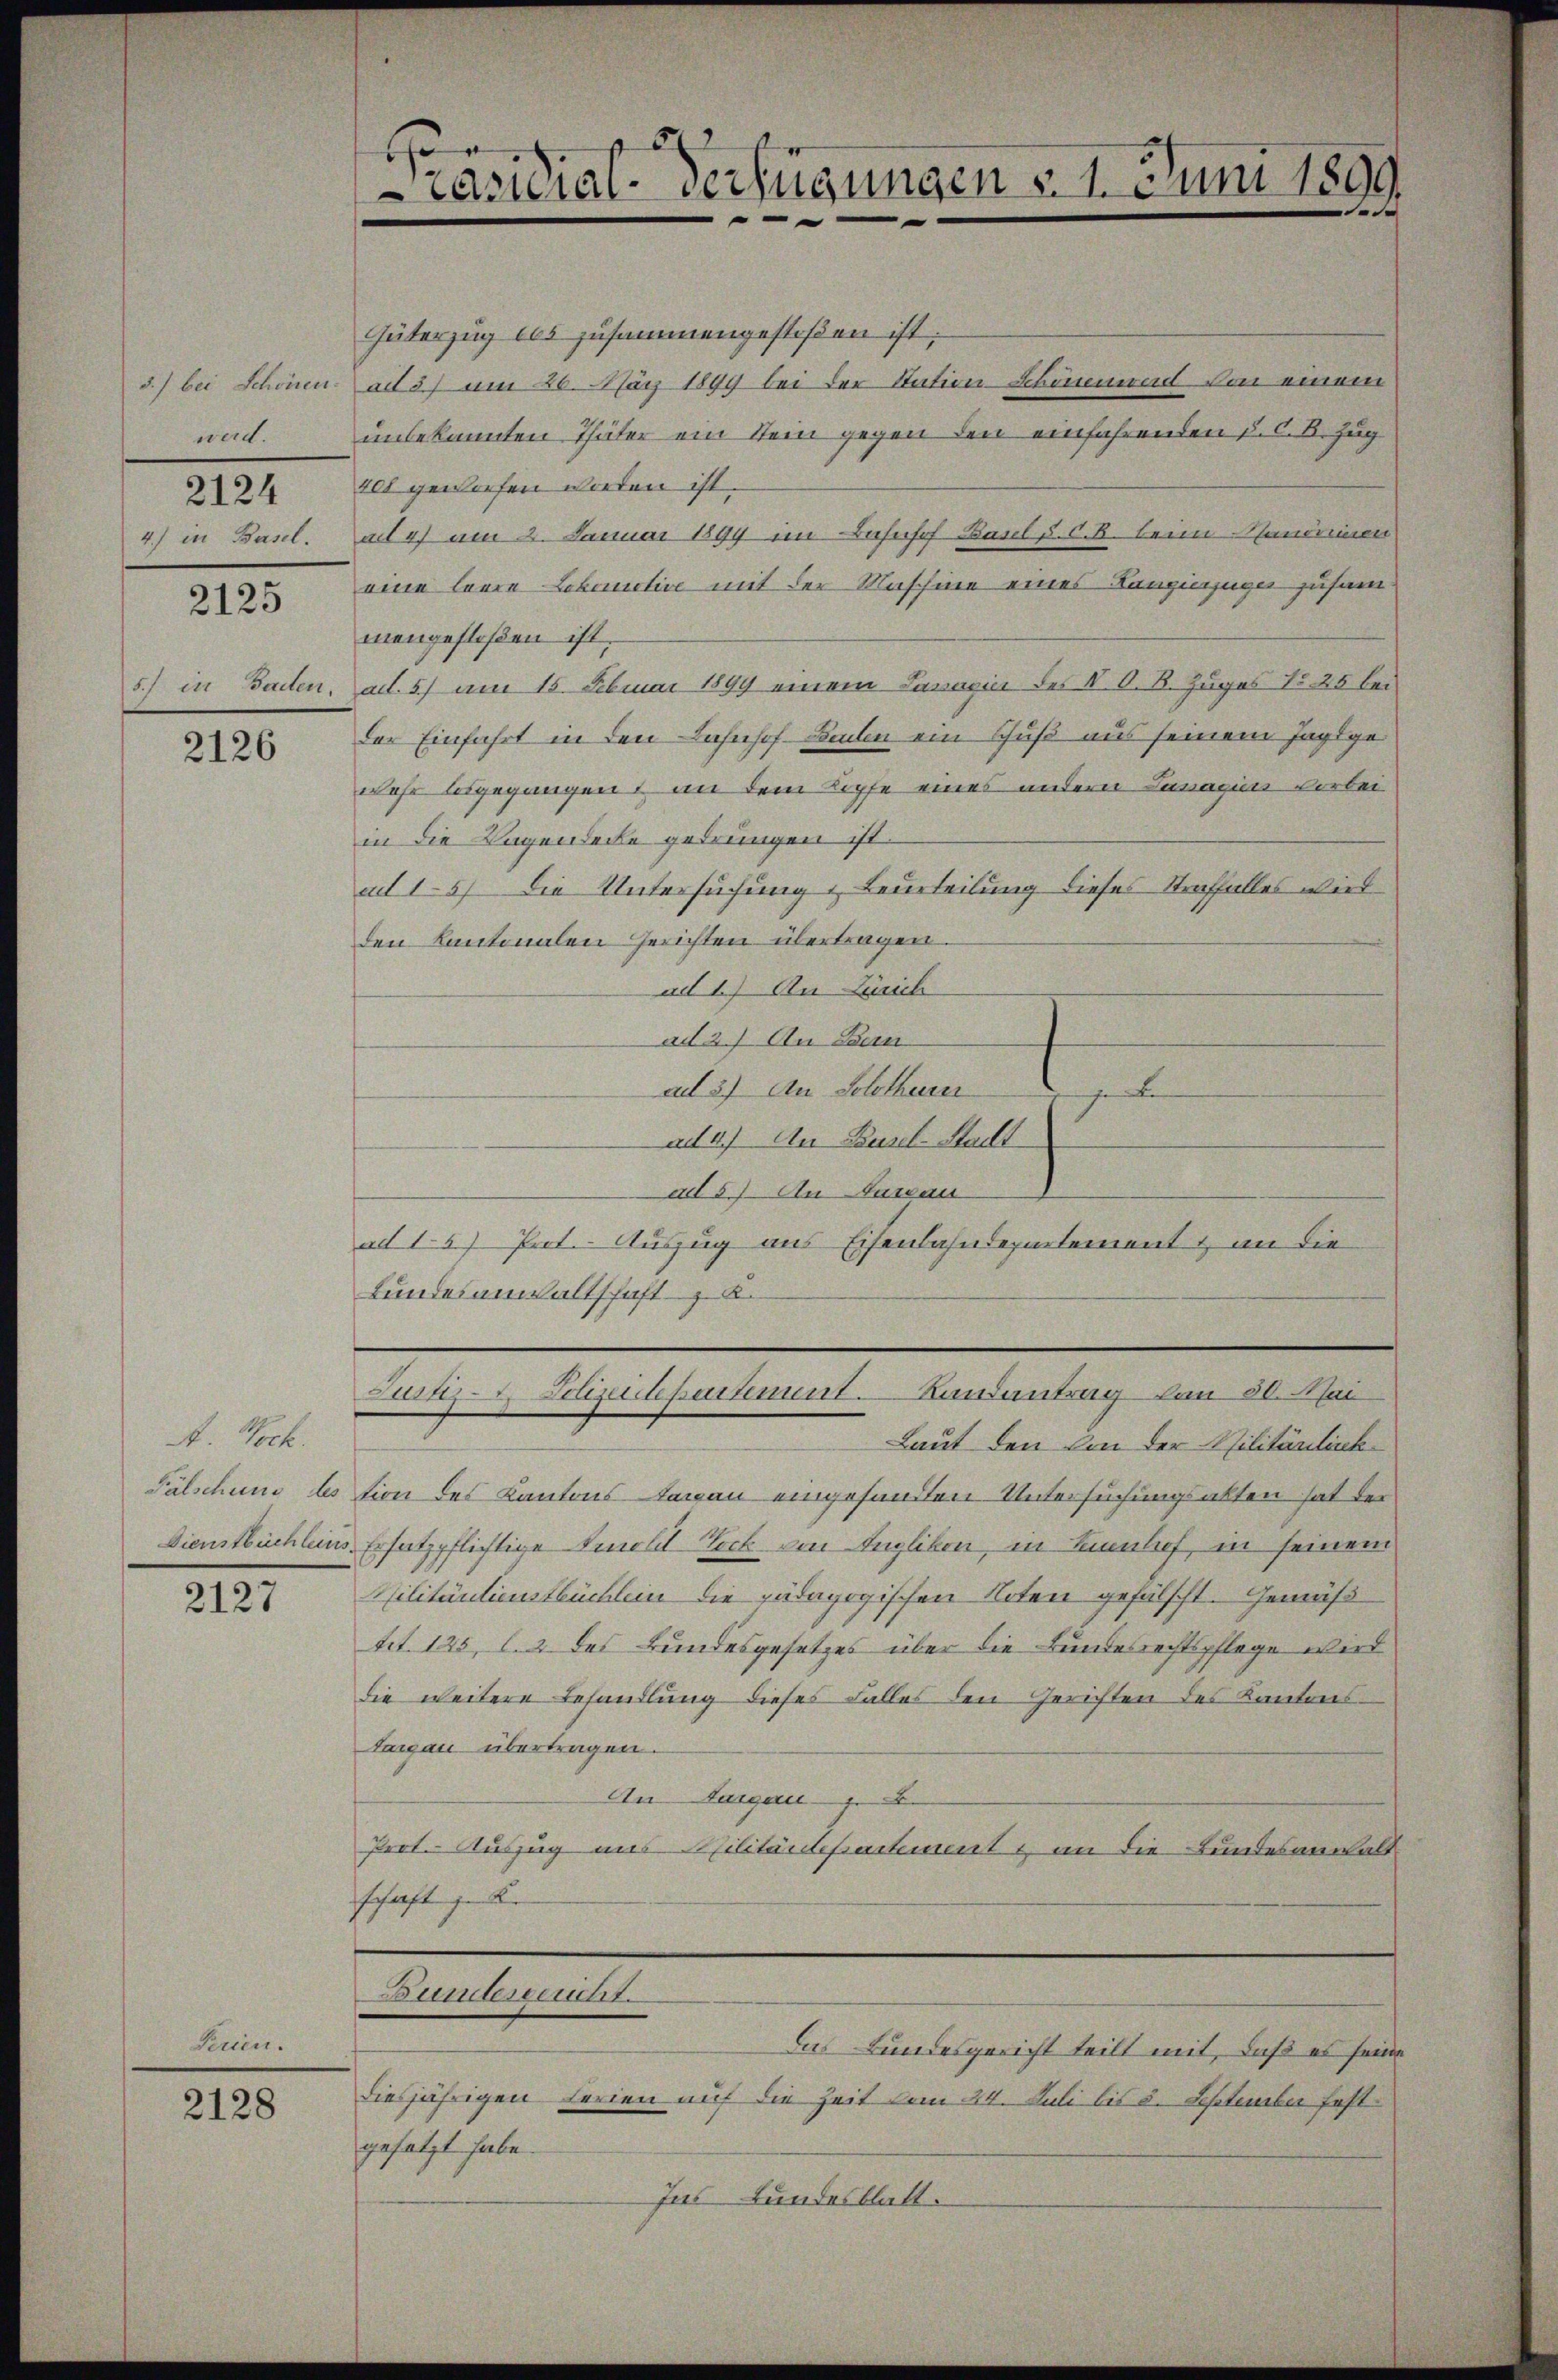
5.) bei Schönen.
werd.
III.
4) in Basel.

2125

5.) in Baden,

2126

A. Bock.

2127

Firin.

2128

e
räsidial-Verfügungen v. 1. Juni 1899.
d

Güterzug des zusammengestoßen ist.
aif 57 um 20. März 1899 bei der Station Schönenward von einem
unbekannten Thäter ein Stein gegen den einfahrenden §. C. B. Zug
401 gewiesen worden ist.
at 4) am 23. Januar 1894 im Bahnhof Basel u. d. B. beim Standeinen
eine leere Lobauctive mit der Maschine eines Kanzinzuge zusammangefloßen ist.
ad. 5) am 15. Februar 1899 einem Savaria des K. O. B. Zuges N. 25 bei
der Einfahrt in den Bahnhof Buchen ein Schuß aus seinem Jaglgewehr losgegangen, an dem Kopfe eines andern Lanagius vorbei
in die Lagendecke gedrungen ist.
ad 157 die Untersuchung & Beurteilung dieses Straffalles wird
den Kantonalen Gerichten übertragen.
ad 1.) An Zürich
ad 2.) An Ban
ad 37 An Solothurer
F
ad 4) An Basel-Stadt
ad 5) An Passau
ad 1.) Prot. Auszug aus Eisenbahndepartement & an die
Bundesanwaltschaft K.
Lunz- Polizeichbartement. Landantrag vom 30. Mai
Laut den von der Militärlink¬
Pälschung dession des Kantons Tagen eingesandten Untersuchungsakten hat der
Dienstbüchleins Ersatzpflichtige Soll ich von Englikon, in Kinnlich, in seinem
Militärdienstbüchlein die pädagogischen Noten gefälscht. Gemäß
tit. 125, l. 2 des Bundesgesetzes über die Bundesrechtspflege wird
die weitere Behandlung dieses Falles den Gerichten des Kantons-
Targau übertragen.
An Sargau
Pert. Auszug aus Militärdepartement & an die Bundesanwalt
schaft z. B.

Bundesgericht.
Das Bundesgericht teilt mit, daß es seine

diesjährigen Ferien auf die Zeit vom 24. Juli bis 2. September festgesetzt habe.
Ins Bundesblatt.